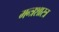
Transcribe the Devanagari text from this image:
मन्त्रशास्त्र